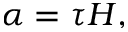
\alpha = \tau H ,